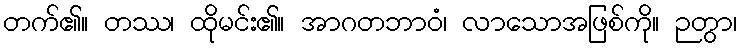
တက်၏။ တဿ၊ ထိုမင်း၏။ အာဂတဘာဝံ၊ လာသောအဖြစ်ကို။ ဉတွာ၊